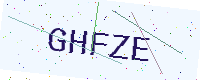
Text: GHFZE